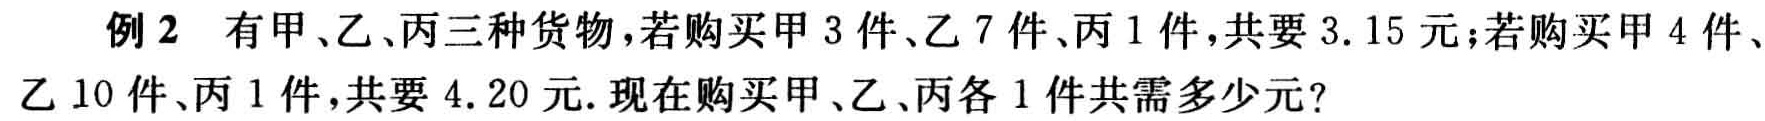
例2 有甲、乙、丙三种货物，若购买甲3件、乙7件、丙1件，共要3.15元；若购买甲4件、乙10件、丙1件，共要4.20元. 现在购买甲、乙、丙各1件共需多少元？